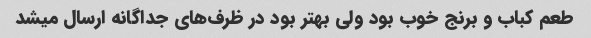
طعم کباب و برنج خوب بود ولی بهتر بود در ظرف‌های جداگانه ارسال میشد